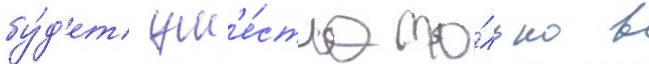
бу́д'ет ум'е́стна то́лько в